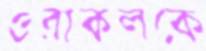
ওরাকলকে